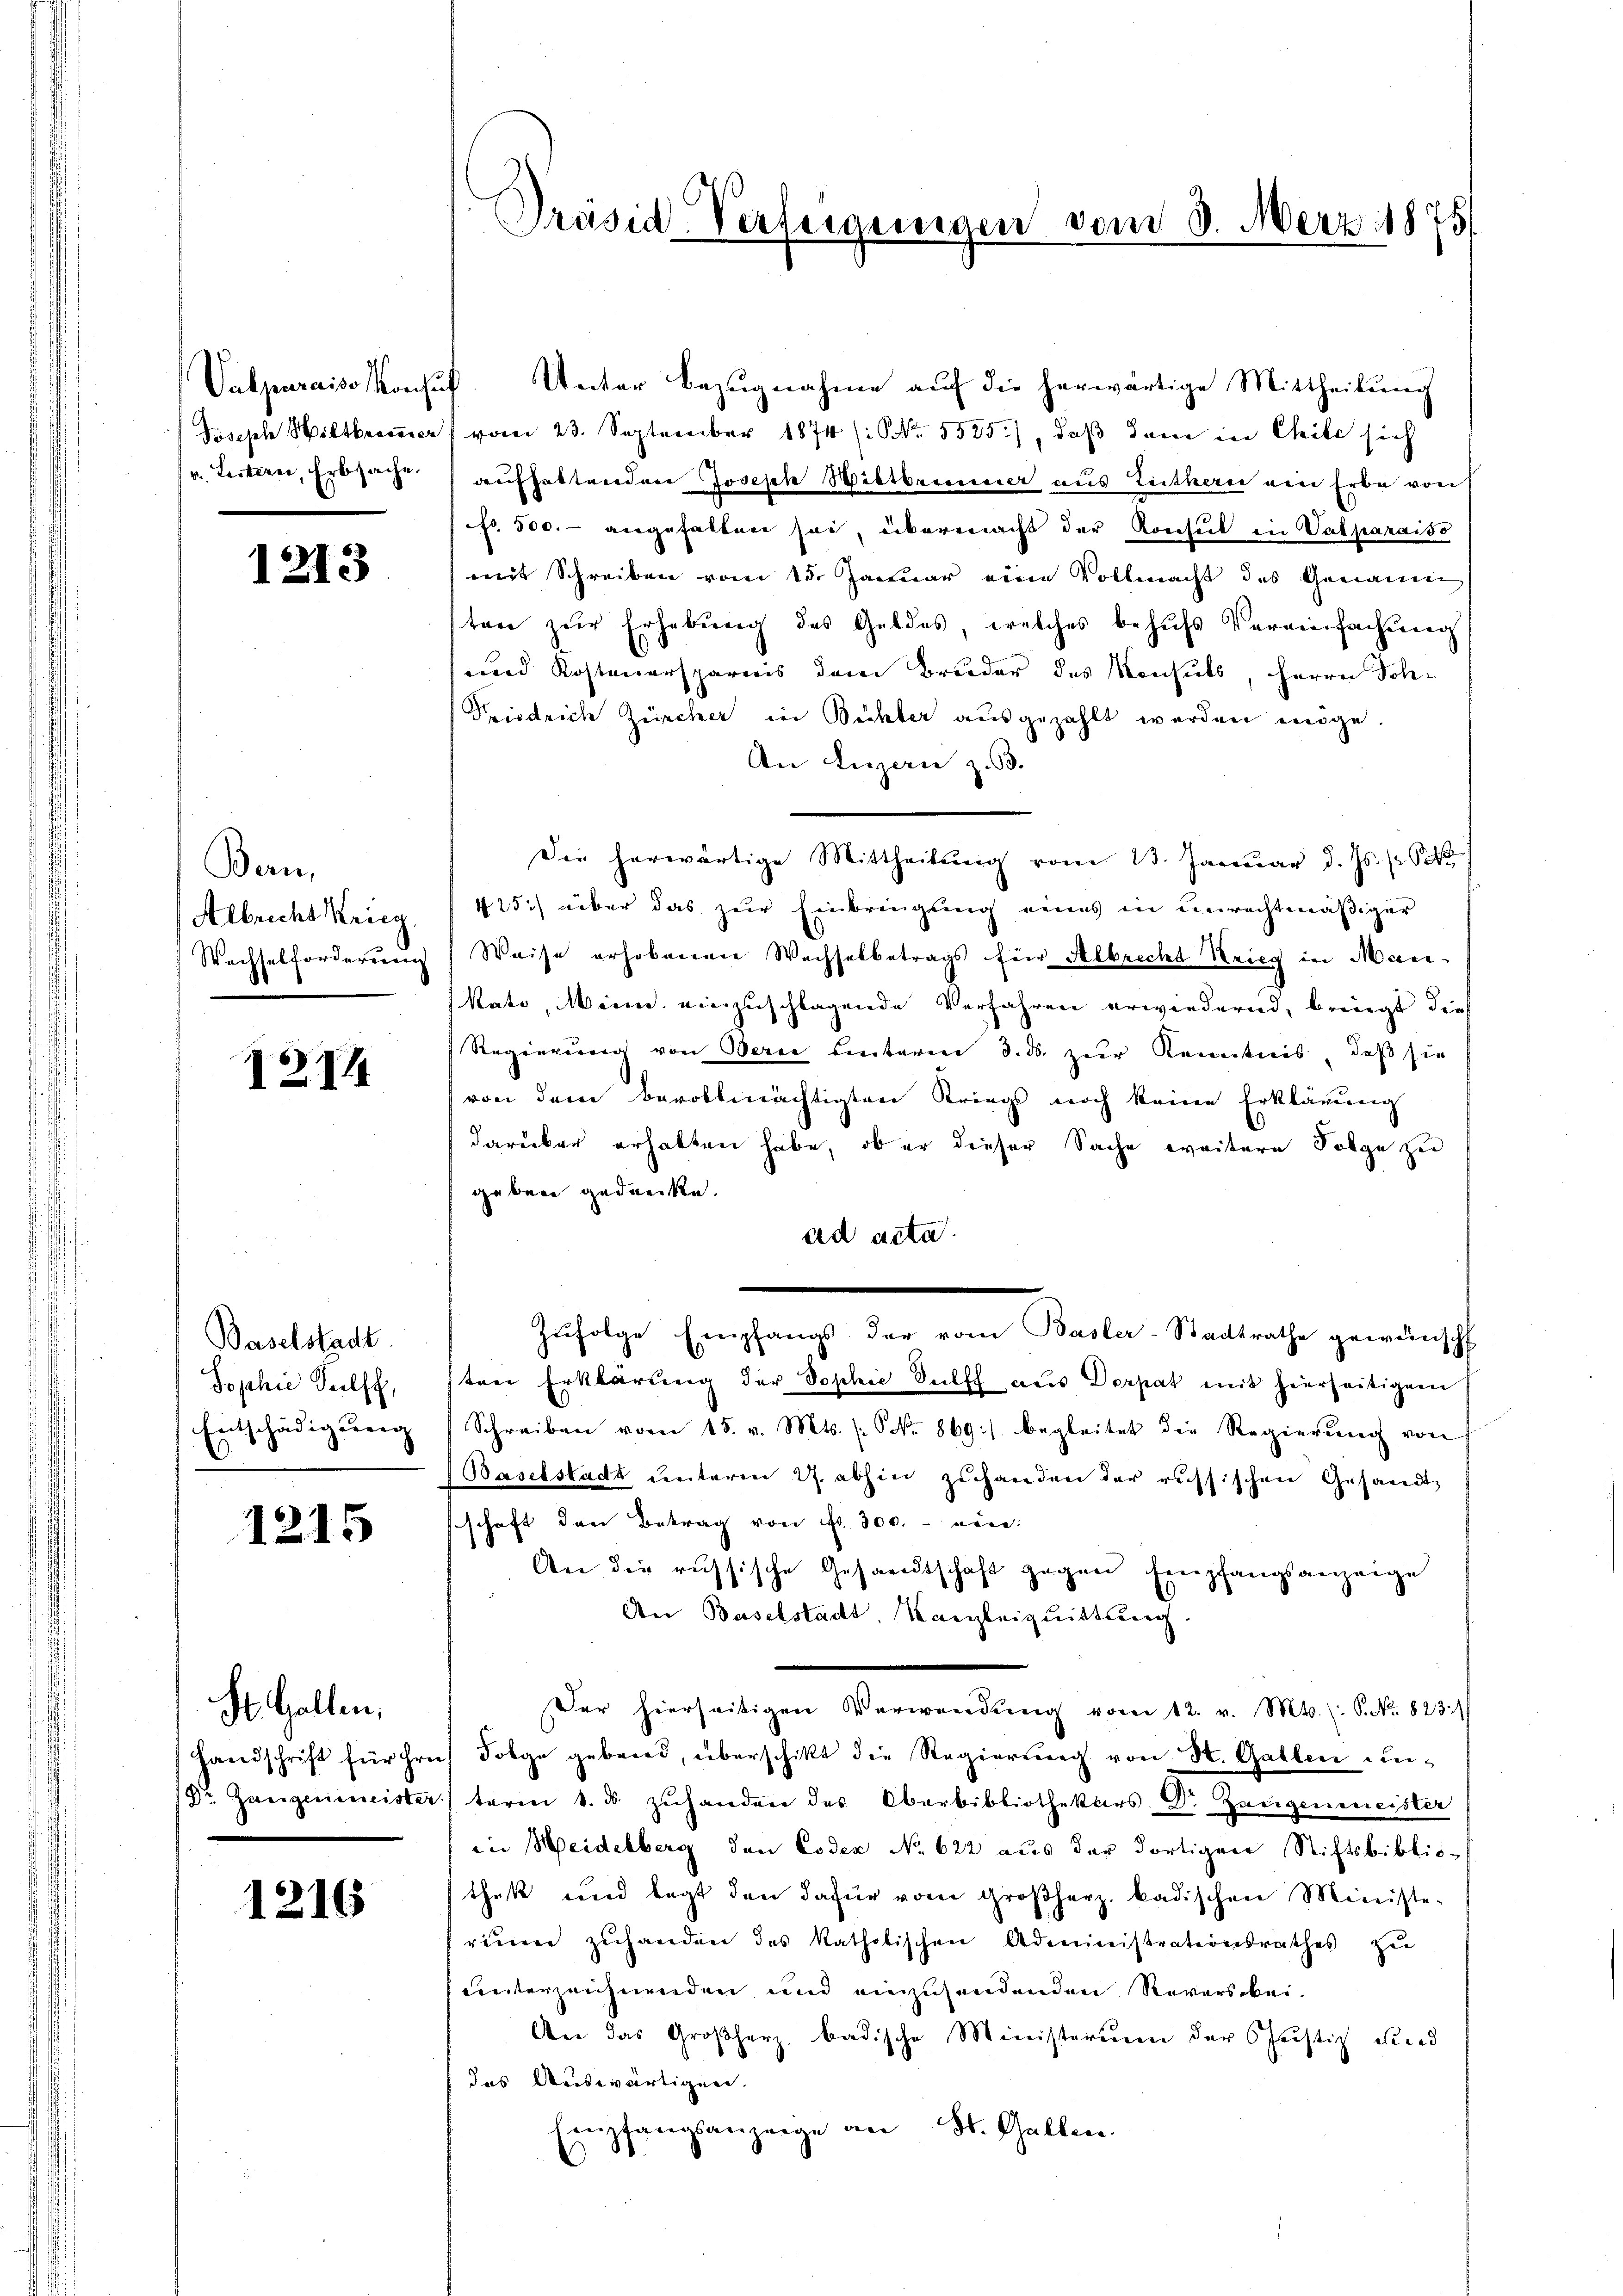
Joseph Biltbrometer
v. Leitern, Erbsache.

1213

Bau,
Albrecht Krieg.
Wechselforderung

ZI

Baselstadt.
Sophie Puls,
Entschädigung

1215

St. Gallen,
Handschrift für Hr.
Dr. Zungenmeiste

1216

Präsid-Verfügungen vom 8. März 1875

Valparaisokonsus. Unter Bezugnahme auf die herwärtige Mittheilung
vom 23. September 1874 (S. 5525), daβ dan in Chile sich
aufhaltenden Joseph Wiltbrunner aus Leithern ein Erbe von
cso. 500. angehalten sei, übermacht der Konsul in Valparaiso
mit Schreiben vom 15. Januar eine Vollmacht des Genaue
ten zur Erhebung des Geldes, welches behufs Vereinfachung
und Kosteuersparnis dem Bruder des Konsuls, Herrn Soh¬
Friedrich Zürcher in Bichter ausgezahlt werden möge.
An Luzerne z. 53.
Die herwärtige Mittheilŭng vom 13. Janŭar d. Js. (60
425.) über das zur Einbringung eines in unrechtmäßiger
Weise erhobenen Wachselbetrags für Albrecht Krieg in Mare¬
Rati, Meine einzuschlagende Verfahren erwiedernd, bringt dies
Regierung von Oerie hinterm 3. ds. zur Kenntnis, daß sie
von dem bevollmächtigten Kriegs noch keine Erklärung
darüber erhalten habe, ob er dieser Sache weitere Folge zu
geben gedenke.
ad acta.
Zufolge Empfangs der vom Basler-Stadtrathe gewünscht
ten Erklärung der Sophie Sulff aus Dorpat mit hierseitigen
Schreiben vom 15. v. Mts. (: No. 869 begleitet die Regierung von
Baselstadt unterm 27. abhin zuhanden der russischen Gesandtschaft den Betrag von Fr. 300.- eine
An die russische Gesandtschaft gegen Empfangsanzeige
An Baselstadt, Kanzleiguittung
Der hierseitigen Verwendŭng vom 12. v. Mts. (: S. No. 8231)
 Folge gebrand, überschikt die Regierung von St. Gallen unterm 1. u zŭhanden des Oberbibliothekars Dr Zeigenmeister
in Meidelberg den Codex No 622 aus der dortigen Stiftsbiblis-
thek und legt den dafür vom Großherz kadischen Minister
rinen zuhanden des katholischen Administrationsrathes zu
unterzeichnenden und einzusendenden Reversikei-
An das Großherz badische Ministerium der Christiz und
das Auswärtigen.
Empfangsanzeige an St. Gallen.